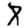
Digit: 8